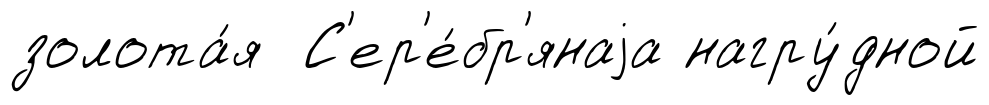
золота́я С'ер'е́бр'янаjа нагру́дной